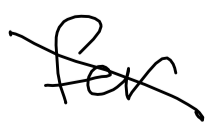
Text: for
Cross-out: diagonal
Writing tool: digital_black